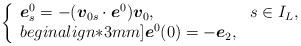
LaTeX: \begin{align*}\left\{\begin{array}{ll}\mbox{\mathversion{bold}$e$}^{0}_{s}=-(\mbox{\mathversion{bold}$v$}_{0s}\cdot \mbox{\mathversion{bold}$e$}^{0})\mbox{\mathversion{bold}$v$}_{0}, & s\in I_{L}, \\begin{align*}3mm]\mbox{\mathversion{bold}$e$}^{0}(0)=-\mbox{\mathversion{bold}$e$}_{2}, & \ \end{array}\right.\end{align*}